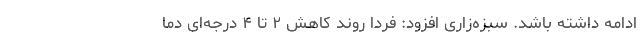
ادامه داشته باشد. سبزه‌زاری افزود: فردا روند کاهش ۲ تا ۴ درجه‌ای دما